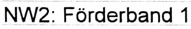
Text: NW2: Förderband 1